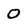
Character: 0